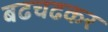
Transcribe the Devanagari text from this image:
बढचढकर